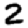
Digit: 2